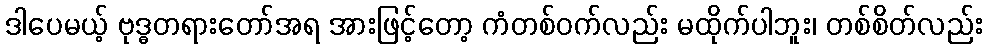
ဒါပေမယ့် ဗုဒ္ဓတရားတော်အရ အားဖြင့်တော့ ကံတစ်ဝက်လည်း မထိုက်ပါဘူး၊ တစ်စိတ်လည်း